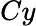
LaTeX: Cy